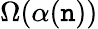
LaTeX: \Omega(\alpha(\mathtt{n}))